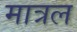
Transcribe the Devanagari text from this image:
मात्रल